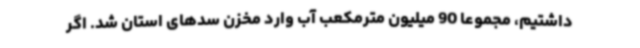
داشتیم، مجموعاً 90 میلیون مترمکعب آب وارد مخزن سدهای استان شد. اگر